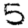
Digit: 5